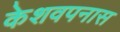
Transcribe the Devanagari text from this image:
केशवपनास